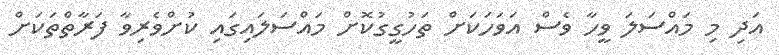
އަދި މި މައްސަލަ ވީހާ ވެސް އަވަހަކަށް ތަހުގީގުކޮށް މައްސަލައިގައި ކުށްވެރިވާ ފަރާތްތަކަށް